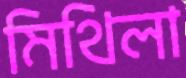
মিথিলা